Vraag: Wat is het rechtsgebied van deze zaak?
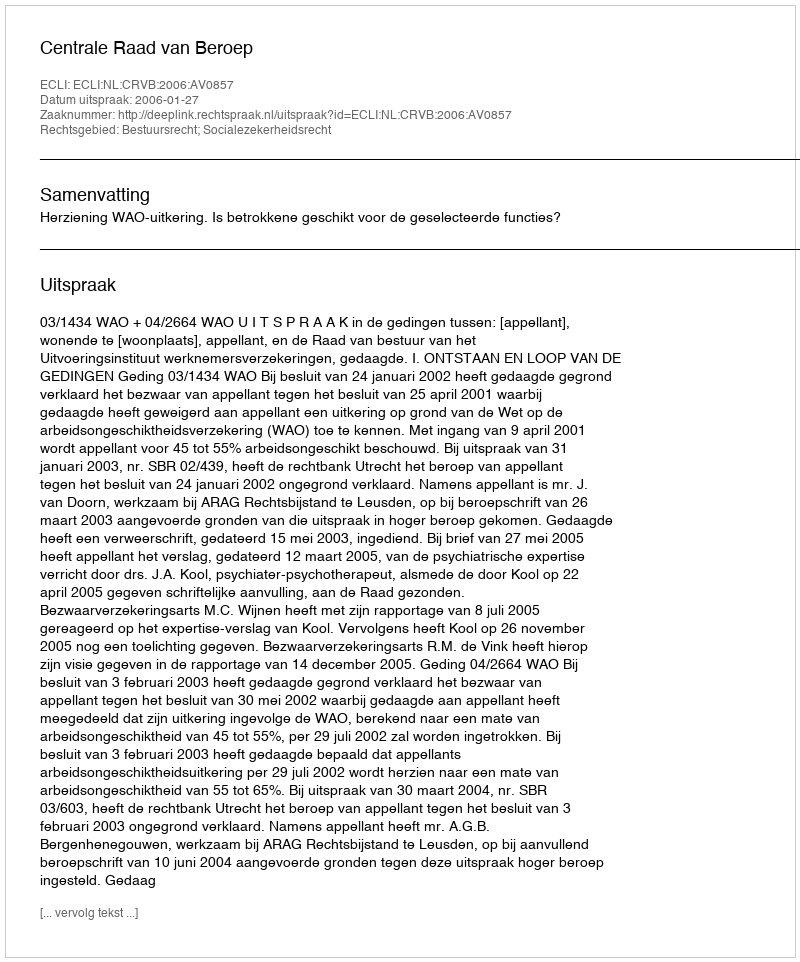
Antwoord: Bestuursrecht; Socialezekerheidsrecht